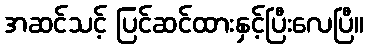
အဆင်သင့် ပြင်ဆင်ထားနှင့်ပြီးလေပြီ။